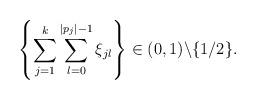
LaTeX: \begin{align*}\left\{\sum_{j=1}^{k}\sum_{l=0}^{|p_{j}|-1}\xi_{jl}\right\}\in(0,1)\backslash\{{1/2}\}.\end{align*}